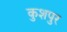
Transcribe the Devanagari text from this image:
कुशपुर